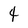
Character: 4